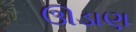
ઊડાણ